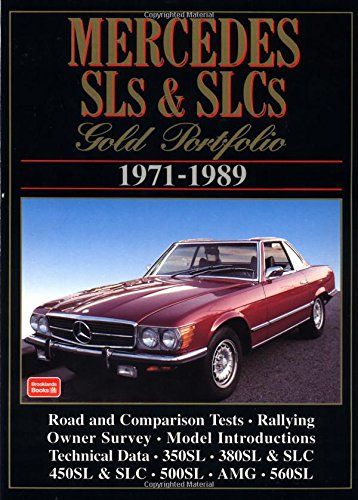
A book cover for Mercedes Sl's & Slc's Gold Portfolio, 1971-1989 (Brooklands Books Road Tests Series); Engineering & Transportation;